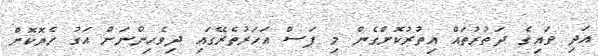
އަދި ވައިގެ ދަތުރުތައް އިތުރުކޮށްގެން މި ފަސް އަހަރުތެރޭގައި ދިވެހިންނަށް އަގު ހެޔޮކޮށް